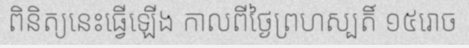
ពិនិត្យនេះធ្វើឡើង កាលពីថ្ងៃព្រហស្បតិ៍ ១៥រោច